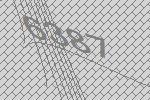
6387